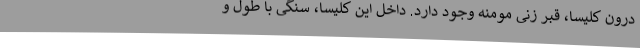
درون کلیسا، قبر زنی مومنه وجود دارد. داخل این کلیسا، سنگی با طول و